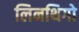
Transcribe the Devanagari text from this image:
लिनथिगो